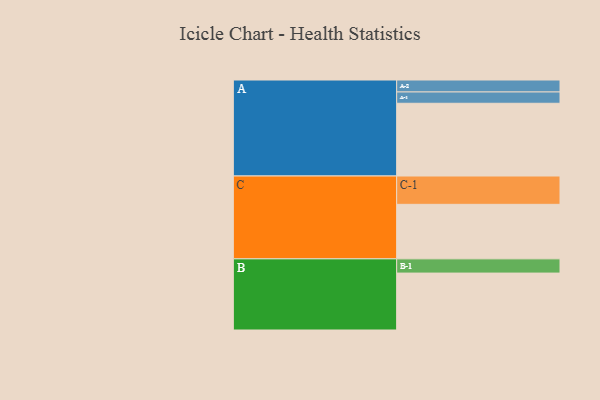
{"axis": {"x": "Segment", "y": "Value"}, "legend": ["", "A", "B", "C"], "data": [{"x": "A", "y": 547, "type": ""}, {"x": "B", "y": 428, "type": ""}, {"x": "C", "y": 410, "type": ""}, {"x": "A-1", "y": 85, "type": "A"}, {"x": "A-2", "y": 90, "type": "A"}, {"x": "B-1", "y": 107, "type": "B"}, {"x": "C-1", "y": 213, "type": "C"}]}